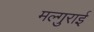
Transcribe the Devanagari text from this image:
मल्गुराई